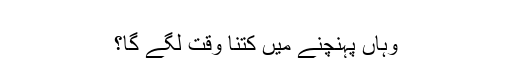
‬
‫وہاں پہنچنے میں کتنا وقت لگے گا؟